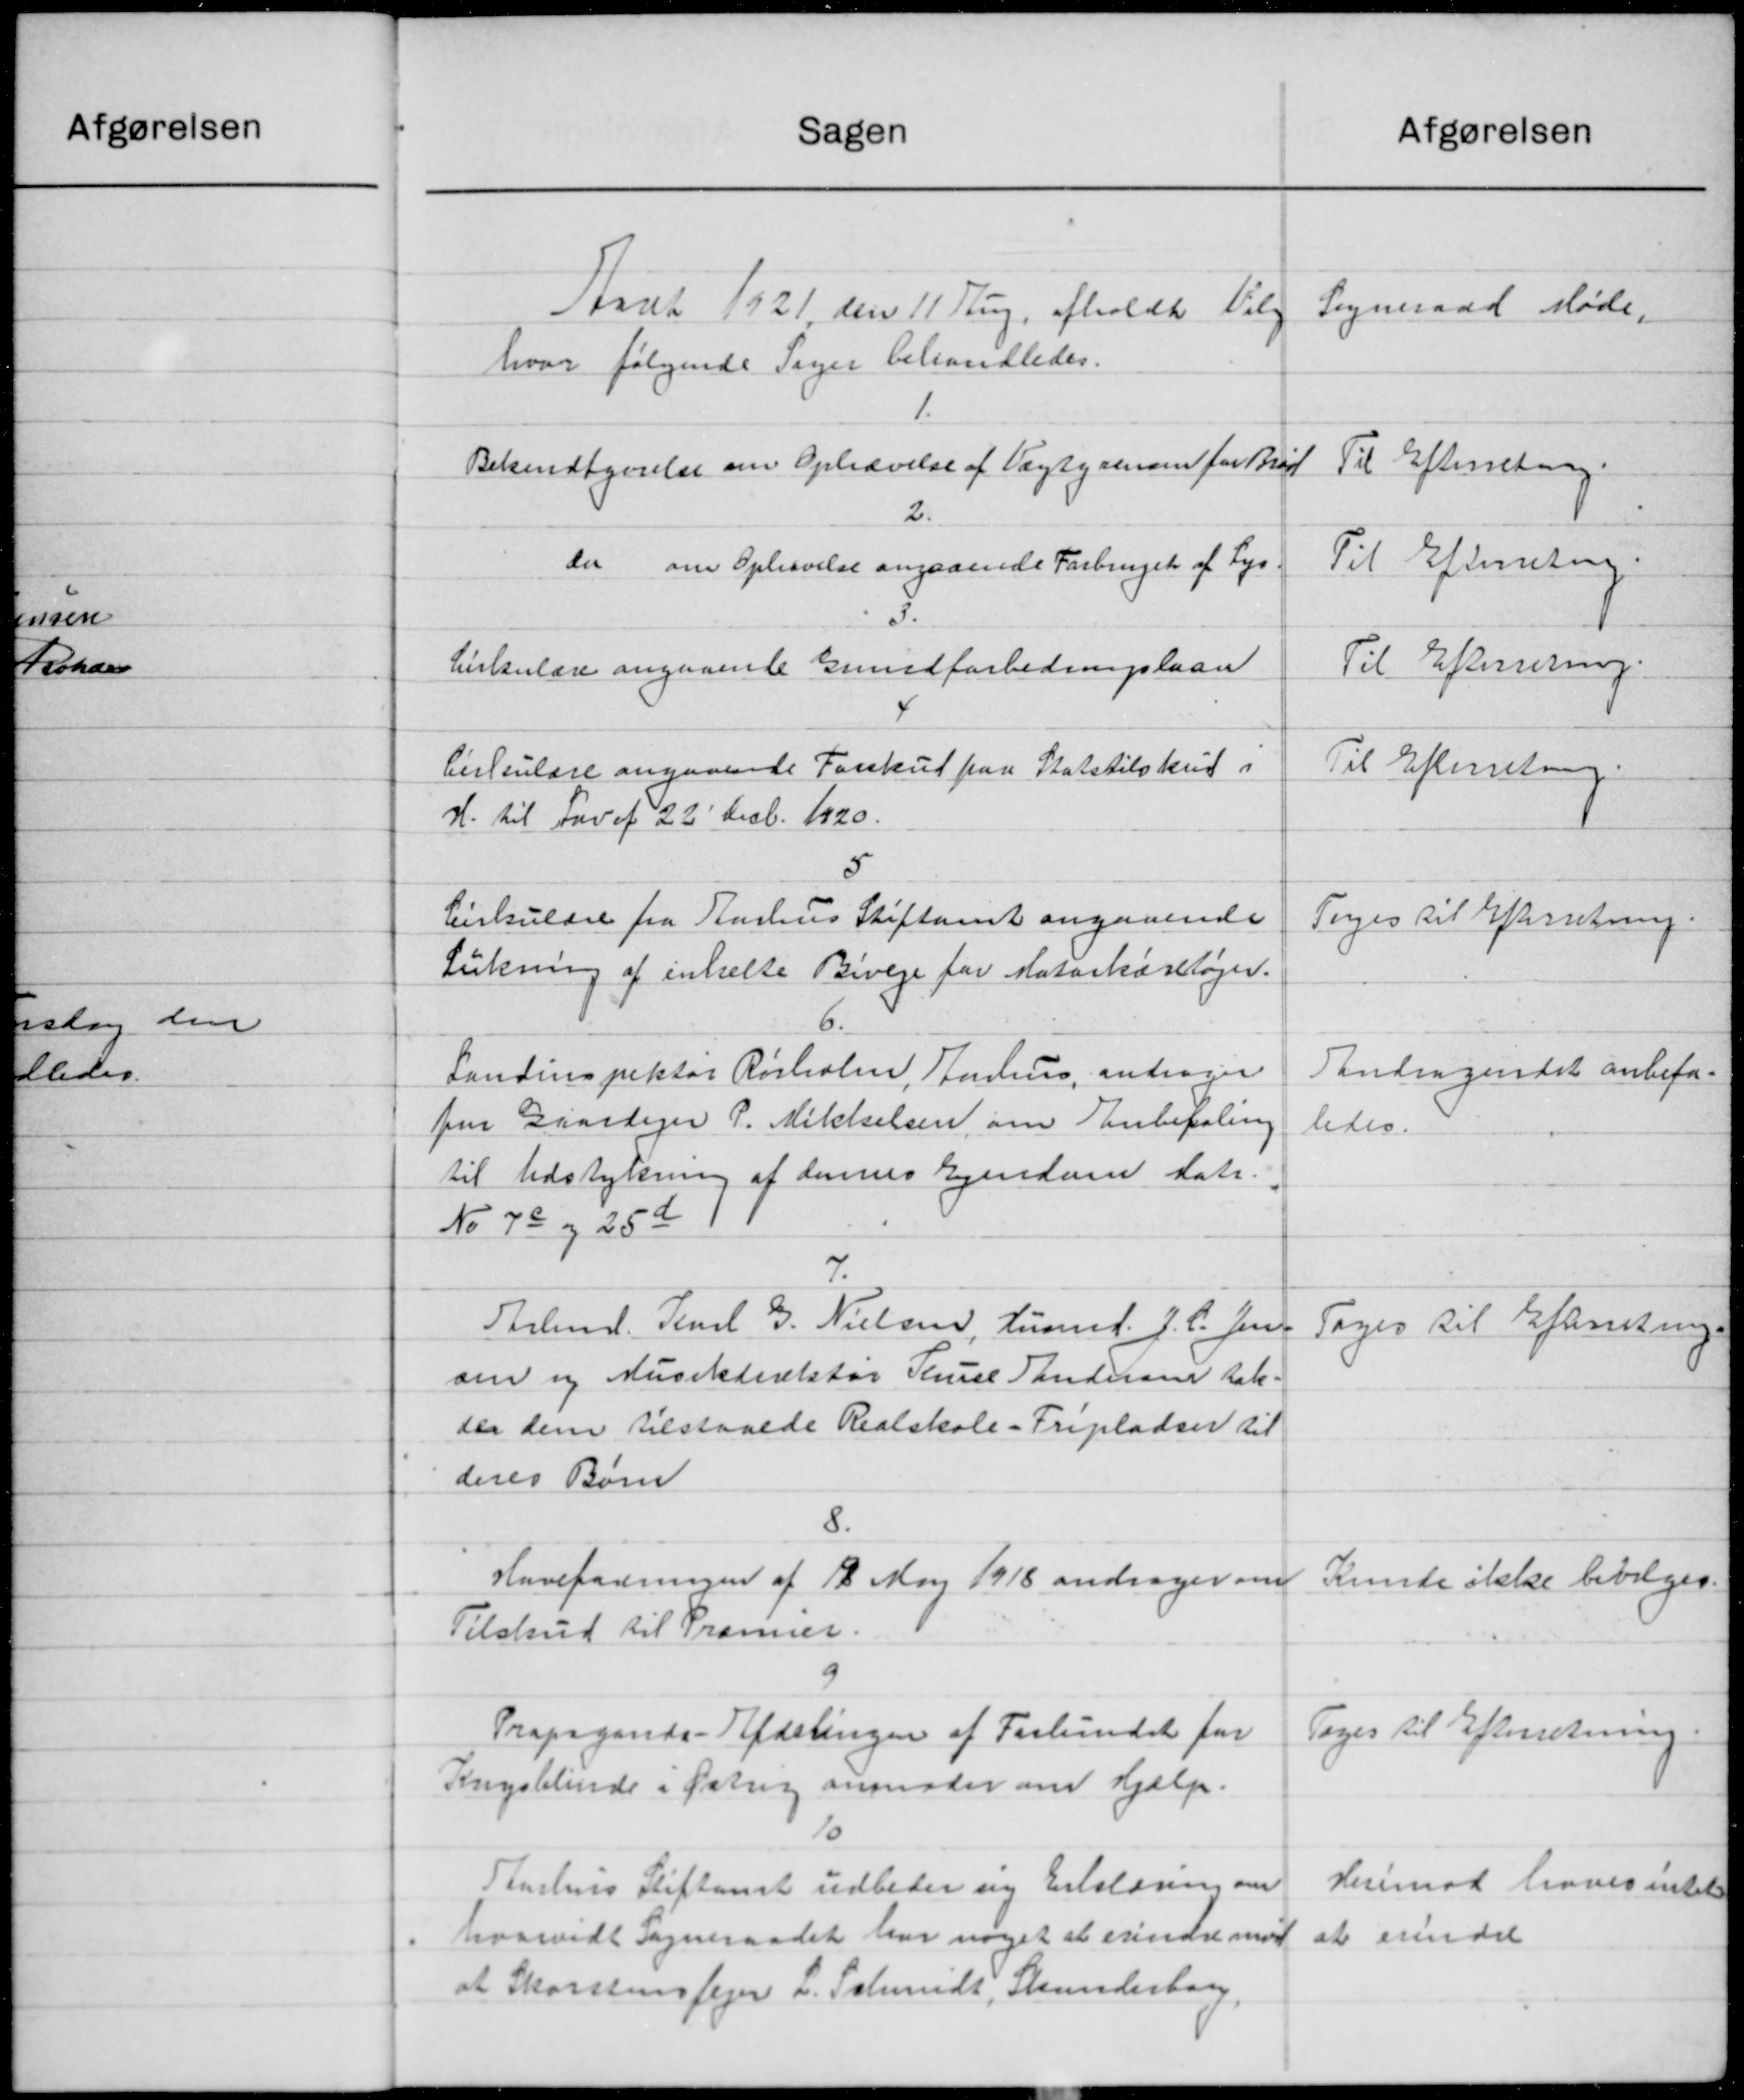
Transskription:
Sagen
Staat 1921, den 11 Rug afholdtes Valg
hvor følgende Sager behandledes.
1.
Bekendtgørelse om Ophævelse af Vægtyrensen for Brød
2.
der om Ophævelse angaaende Forbruget af Lys
Cirkulære angaaende Grundforbedringslaan
Cirkulære angaaende Forskud paa Statstilskud i
H. til Fav af 22' Decb. 1920.
5
Cirkulære fra Aarhus Stiftamt angaaende
Lukning af enkelte Biveje for Motorkøretøjer.
Landinspektør Rørholm, Julius, andrager
paa Gaardejer P. Mikkelsen om Anbefaling
til Udstykning af dennes Ejendom dat.
No 7a og 25d
7.
Arbmd. Jensl. G. Nielsen, Lund. J. P. Jens
om og Musikdirektør Thuel Andersen tak.
der dem tilstaaede Realskole-Fripladser til
deres Børn
8.
Havefodningen af 12 Maj 1918 andrager om
Tilskud til Præmier.
Propagands - Afdelingen af Forlundet for
Krigsblinde i Østrig anmoder om Hjælp.
Aarhus Stiftamt udbeder ny Erklæring om
hvorvidt Sogneraadet har noget at erindre mød
at Skorstensfejer L. Schmidt, Skunderborg,